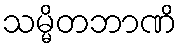
သမ္မိတဘာဏိ